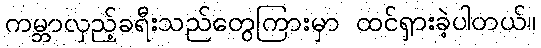
ကမ္ဘာလှည့်ခရီးသည်တွေကြားမှာ ထင်ရှားခဲ့ပါတယ်။